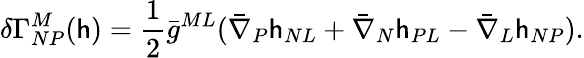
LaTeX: \delta\Gamma_{NP}^{M}(\mathsf{h})={\frac{{1}}{{2}}}\bar{{g}}^{ML}(\bar{{\nabla}}_{P}\mathsf{h}_{NL}+\bar{{\nabla}}_{N}\mathsf{h}_{PL}-\bar{{\nabla}}_{L}\mathsf{h}_{NP}).